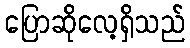
ပြောဆိုလေ့ရှိသည်